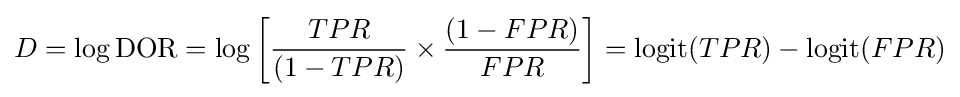
D=\log {\text{DOR}}=\log {\left[{\frac {TPR}{(1-TPR)}}\times {\frac {(1-FPR)}{FPR}}\right]}=\operatorname {logit} (TPR)-\operatorname {logit} (FPR)